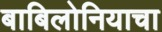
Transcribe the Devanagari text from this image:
बाबिलोनियाचा